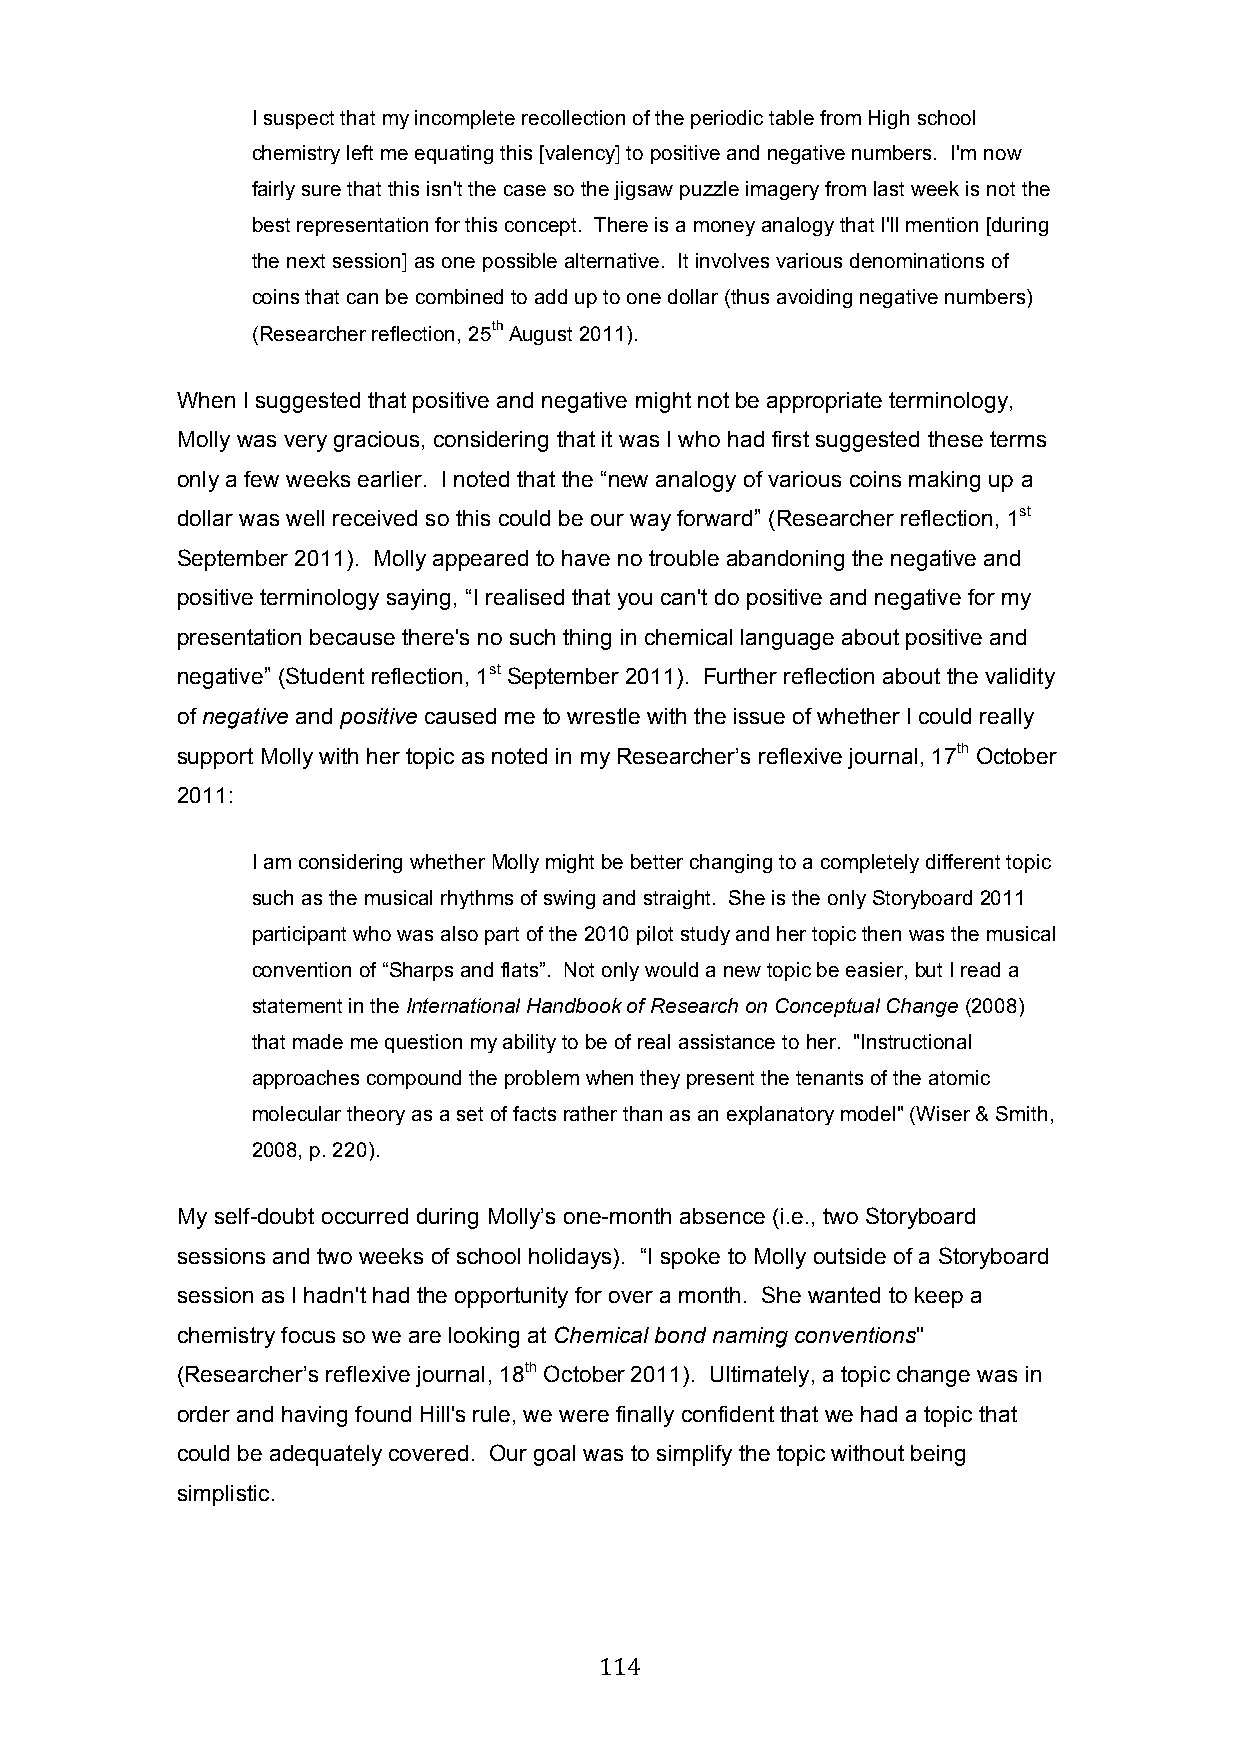
I suspect that my incomplete recollection of the periodic table from High school
 chemistry left me equating this [valency] to positive and negative numbers. I'm now
 fairly sure that this isn't the case so the jigsaw puzzle imagery from last week is not the
 best representation for this concept. There is a money analogy that I'll mention [during
 the next session] as one possible alternative. It involves various denominations of
 coins that can be combined to add up to one dollar (thus avoiding negative numbers)
 (Researcher reflection, 25th August 2011).
 When I suggested that positive and negative might not be appropriate terminology,
 Molly was very gracious, considering that it was I who had first suggested these terms
 only a few weeks earlier. I noted that the “new analogy of various coins making up a
 dollar was well received so this could be our way forward” (Researcher reflection, 1st
 September 2011). Molly appeared to have no trouble abandoning the negative and
 positive terminology saying, “I realised that you can't do positive and negative for my
 presentation because there's no such thing in chemical language about positive and
 negative” (Student reflection, 1st September 2011). Further reflection about the validity
 of negative and positive caused me to wrestle with the issue of whether I could really
 support Molly with her topic as noted in my Researcher’s reflexive journal, 17th October
 2011:
 I am considering whether Molly might be better changing to a completely different topic
 such as the musical rhythms of swing and straight. She is the only Storyboard 2011
 participant who was also part of the 2010 pilot study and her topic then was the musical
 convention of “Sharps and flats”. Not only would a new topic be easier, but I read a
 statement in the International Handbook of Research on Conceptual Change (2008)
 that made me question my ability to be of real assistance to her. "Instructional
 approaches compound the problem when they present the tenants of the atomic
 molecular theory as a set of facts rather than as an explanatory model" (Wiser & Smith,
 2008, p. 220).
 My self-doubt occurred during Molly’s one-month absence (i.e., two Storyboard
 sessions and two weeks of school holidays). “I spoke to Molly outside of a Storyboard
 session as I hadn't had the opportunity for over a month. She wanted to keep a
 chemistry focus so we are looking at Chemical bond naming conventions"
 (Researcher’s reflexive journal, 18th October 2011). Ultimately, a topic change was in
 order and having found Hill's rule, we were finally confident that we had a topic that
 could be adequately covered. Our goal was to simplify the topic without being
 simplistic.
 114